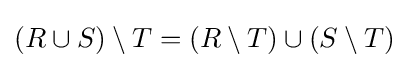
(R\cup S)\setminus T=(R\setminus T)\cup (S\setminus T)